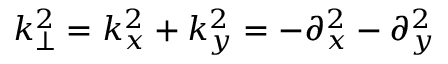
k _ { \perp } ^ { 2 } = k _ { x } ^ { 2 } + k _ { y } ^ { 2 } = - \partial _ { x } ^ { 2 } - \partial _ { y } ^ { 2 }